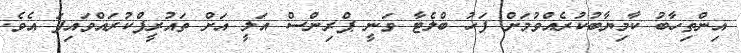
އިންތިހާބު ކާމިޔާބުކުރެއްވުމަށް ފަހު ބްލެޓާ ވަނީ ޕްރިންސް އަލީ އަށް ތައުރީފްކުރައްވައިފަ އެވެ.